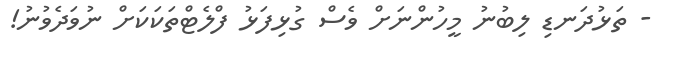
- ތަޅުދަނޑި ލިބުނު މީހުންނަށް ވެސް ގުޅިފަޅު ފްލެޓްތަކަކަށް ނުވަދެވުނު!